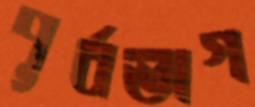
পূর্বভাগ